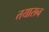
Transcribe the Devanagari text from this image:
तयारान